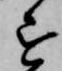
を